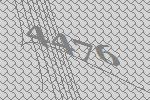
4476